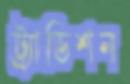
ট্র্যাডিশন